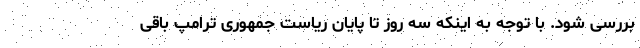
بررسی شود. با توجه به اینکه سه روز تا پایان ریاست جمهوری ترامپ باقی